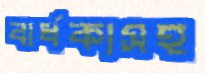
বার্ধক্যসহ